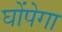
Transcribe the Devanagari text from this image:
घोंपेगा